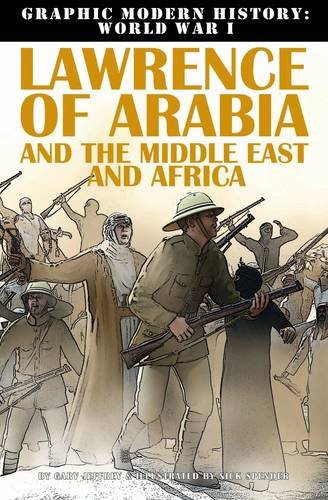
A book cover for Lawrence of Arabia and the Middle East and Africa (Graphic Modern History: World War I (Crabtree)); Gary Jeffrey; Children's Books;